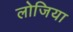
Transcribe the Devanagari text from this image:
लोजिया